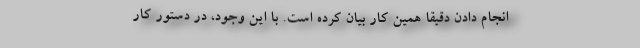
انجام دادن دقیقا همین کار بیان کرده است. با این وجود، در دستور کار